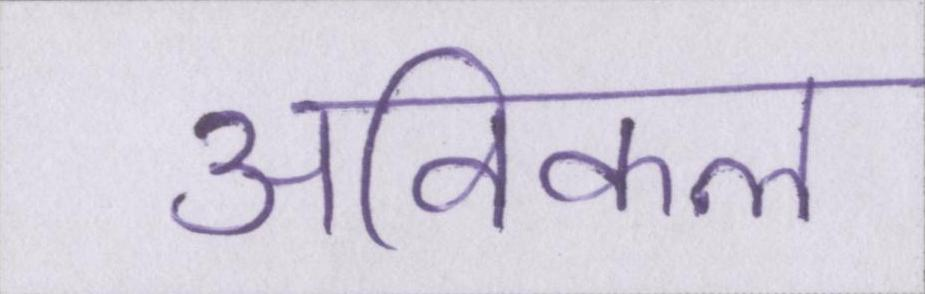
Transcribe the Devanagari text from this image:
अविकल